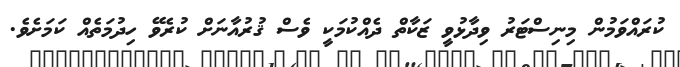
ކުރައްވަމުން މިނިސްޓަރު ވިދާޅުވީ ޒަކާތް ދެއްކުމަކީ ވެސް ޤުރުއާނަށް ކުރެވޭ ހިދުމަތެއް ކަމަށެވެ.